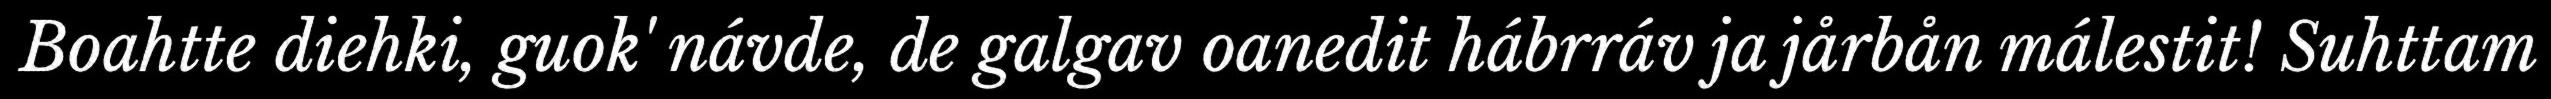
Boahtte diehki, guok' návde, de galgav oanedit hábrráv ja jårbån málestit! Suhttam